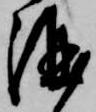
酒